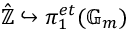
{ \hat { \mathbb { Z } } } \hookrightarrow \pi _ { 1 } ^ { e t } ( \mathbb { G } _ { m } )